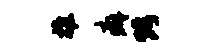
推癖烤